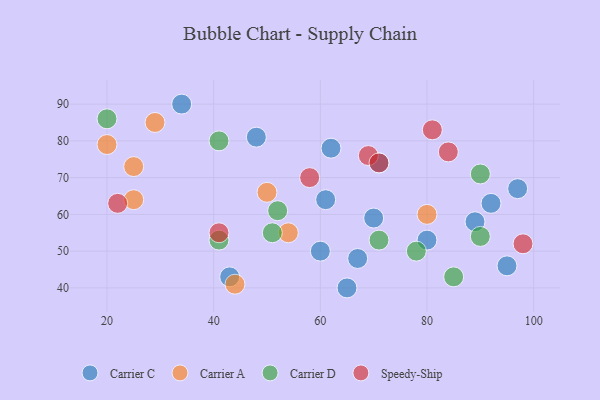
{"axis": {"x": "GDP", "y": "Life Expectancy"}, "legend": ["Carrier A", "Carrier C", "Carrier D", "Speedy-Ship"], "data": [{"x": "92", "y": 63, "type": "Carrier C"}, {"x": "97", "y": 67, "type": "Carrier C"}, {"x": "48", "y": 81, "type": "Carrier C"}, {"x": "67", "y": 48, "type": "Carrier C"}, {"x": "61", "y": 64, "type": "Carrier C"}, {"x": "80", "y": 53, "type": "Carrier C"}, {"x": "71", "y": 74, "type": "Carrier C"}, {"x": "43", "y": 43, "type": "Carrier C"}, {"x": "34", "y": 90, "type": "Carrier C"}, {"x": "95", "y": 46, "type": "Carrier C"}, {"x": "60", "y": 50, "type": "Carrier C"}, {"x": "62", "y": 78, "type": "Carrier C"}, {"x": "65", "y": 40, "type": "Carrier C"}, {"x": "70", "y": 59, "type": "Carrier C"}, {"x": "89", "y": 58, "type": "Carrier C"}, {"x": "25", "y": 64, "type": "Carrier A"}, {"x": "29", "y": 85, "type": "Carrier A"}, {"x": "80", "y": 60, "type": "Carrier A"}, {"x": "50", "y": 66, "type": "Carrier A"}, {"x": "20", "y": 79, "type": "Carrier A"}, {"x": "54", "y": 55, "type": "Carrier A"}, {"x": "44", "y": 41, "type": "Carrier A"}, {"x": "25", "y": 73, "type": "Carrier A"}, {"x": "41", "y": 80, "type": "Carrier D"}, {"x": "52", "y": 61, "type": "Carrier D"}, {"x": "51", "y": 55, "type": "Carrier D"}, {"x": "20", "y": 86, "type": "Carrier D"}, {"x": "78", "y": 50, "type": "Carrier D"}, {"x": "90", "y": 54, "type": "Carrier D"}, {"x": "85", "y": 43, "type": "Carrier D"}, {"x": "90", "y": 71, "type": "Carrier D"}, {"x": "41", "y": 53, "type": "Carrier D"}, {"x": "71", "y": 53, "type": "Carrier D"}, {"x": "22", "y": 63, "type": "Speedy-Ship"}, {"x": "69", "y": 76, "type": "Speedy-Ship"}, {"x": "84", "y": 77, "type": "Speedy-Ship"}, {"x": "41", "y": 55, "type": "Speedy-Ship"}, {"x": "71", "y": 74, "type": "Speedy-Ship"}, {"x": "81", "y": 83, "type": "Speedy-Ship"}, {"x": "58", "y": 70, "type": "Speedy-Ship"}, {"x": "98", "y": 52, "type": "Speedy-Ship"}]}